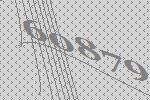
60879